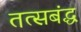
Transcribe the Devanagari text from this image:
तत्सबंद्ध